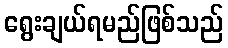
ရွေးချယ်ရမည်ဖြစ်သည်